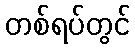
တစ်ရပ်တွင်